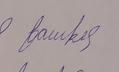
Signature authenticity: forged